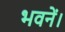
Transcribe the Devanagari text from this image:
भवनें।